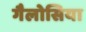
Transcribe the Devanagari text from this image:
गैलोसिया